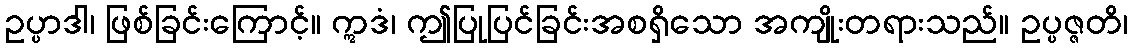
ဥပ္ပာဒါ၊ ဖြစ်ခြင်းကြောင့်။ ဣဒံ၊ ဤပြုပြင်ခြင်းအစရှိသော အကျိုးတရားသည်။ ဥပ္ပဇ္ဇတိ၊